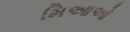
મિઆઓ